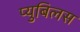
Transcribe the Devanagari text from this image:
प्युबिलस